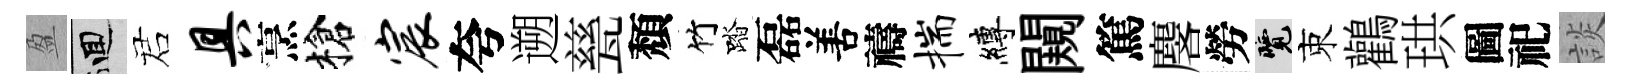
盈回诺具烹槍宸夸遡甆頽竹踏磊𠵊禱揣縛闚篤麐勞覽束鸛珙圖祀談